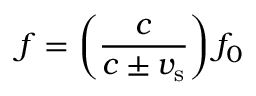
f = \left( { \frac { c } { c \pm v _ { \mathrm { s } } } } \right) f _ { 0 }